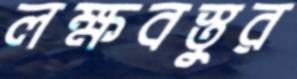
লক্ষবস্তুর